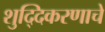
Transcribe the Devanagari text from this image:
शुद्दिकरणाचे